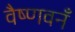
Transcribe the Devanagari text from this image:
वैष्णवनँ